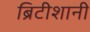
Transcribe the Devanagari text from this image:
ब्रिटीशानी